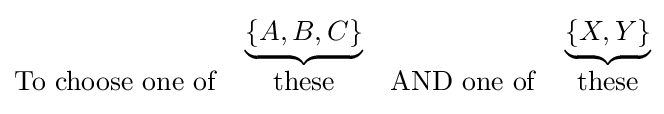
{\begin{matrix}&\underbrace {\left\{A,B,C\right\}} &&\underbrace {\left\{X,Y\right\}} \\\mathrm {To} \ \mathrm {choose} \ \mathrm {one} \ \mathrm {of} &\mathrm {these} &\mathrm {AND} \ \mathrm {one} \ \mathrm {of} &\mathrm {these} \end{matrix}}